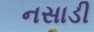
નસાડી